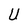
Character: U